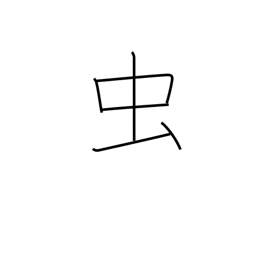
Meaning: bug